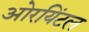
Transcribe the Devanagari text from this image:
ओरयिंटल